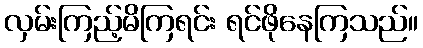
လှမ်းကြည့်မိကြရင်း ရင်ဖိုနေကြသည်။